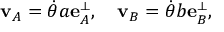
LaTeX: \mathbf { v } _ { A } = { \dot { \theta } } a \mathbf { e } _ { A } ^ { \perp } , \quad \mathbf { v } _ { B } = { \dot { \theta } } b \mathbf { e } _ { B } ^ { \perp } ,